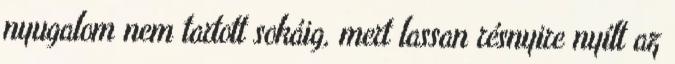
nyugalom nem tartott sokáig, mert lassan résnyire nyílt az